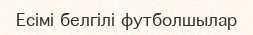
Есімі белгілі футболшылар